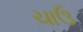
ચાઉ